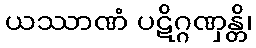
ယဿာဏံ ပဋိဂ္ဂဏှန္တိ၊